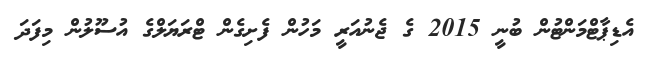
އެޑިޕާޓްމަންޓުން ބުނީ 2015 ގެ ޖެނުއަރީ މަހުން ފެށިގެން ޓްރަޔަލްގެ އުސޫލުން މިފަދަ